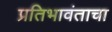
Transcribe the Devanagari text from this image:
प्रतिभावंताचा